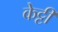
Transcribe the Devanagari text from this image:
केट्टी